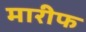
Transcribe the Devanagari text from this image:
मारीफ